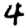
Digit: 4